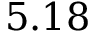
5 . 1 8